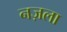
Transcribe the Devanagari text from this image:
नज़ला